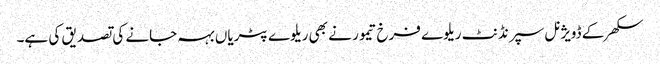
سکھر کے ڈویژنل سپرنڈنٹ ریلوے فرخ تیمور نے بھی ریلوے پٹریاں بہہ جانے کی تصدیق کی ہے۔